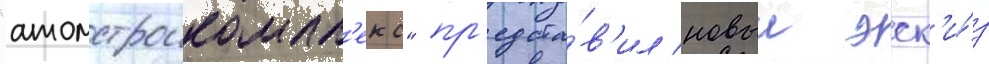
"атомстроикомпл'екс" пр'едста́в'ил новыи эск'и́з